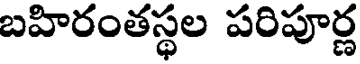
బహిరంతస్థల పరిపూర్ణ